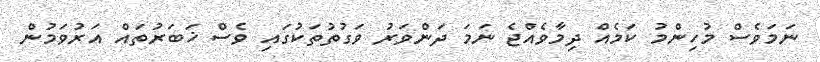
ނަމަވެސް މުހިންމު ކަމެއް ދިމާވެއްޖެ ނަމަ ދަންވަރު ވަގުތުތަކުގައި ވެސް ޚަބަރުތައް އަރުވަމުން